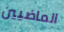
الماضيين